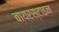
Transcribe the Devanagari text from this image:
बायरस्टाइन